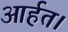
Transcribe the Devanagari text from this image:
आर्हत।